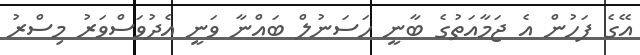
އޭގެ ފަހުން އެ ޖަމާއަތުގެ ބާނީ ހަސަނުލް ބައްނާ ވަނީ އެދުވަސްވަރު މިސްރު